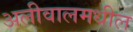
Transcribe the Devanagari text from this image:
अलीवालमधील